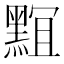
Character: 𪑎